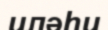
иләһи